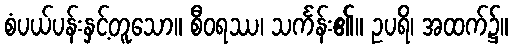
စံပယ်ပန်းနှင့်တူသော။ စီဝရဿ၊ သင်္ကန်း၏။ ဥပရိ၊ အထက်၌။